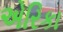
એરિકા